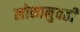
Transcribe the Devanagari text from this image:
लोकानुवर्ती